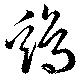
鶏